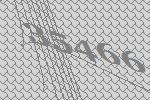
35466